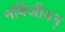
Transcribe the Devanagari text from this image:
नॉर्वेजीयन्